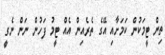
ތިން ޓީމަކުން ކަމަށާއި އޭގެ ތެރެއިން އެއް ޓީމު ފަހުން ނަން ނެގީ